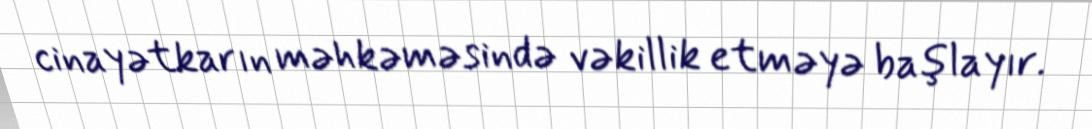
cinayətkarın məhkəməsində vəkillik etməyə başlayır.